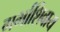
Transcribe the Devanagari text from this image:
गर्भाशिवाय